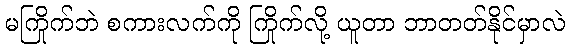
မကြိုက်ဘဲ စကားလက်ကို ကြိုက်လို့ ယူတာ ဘာတတ်နိုင်မှာလဲ